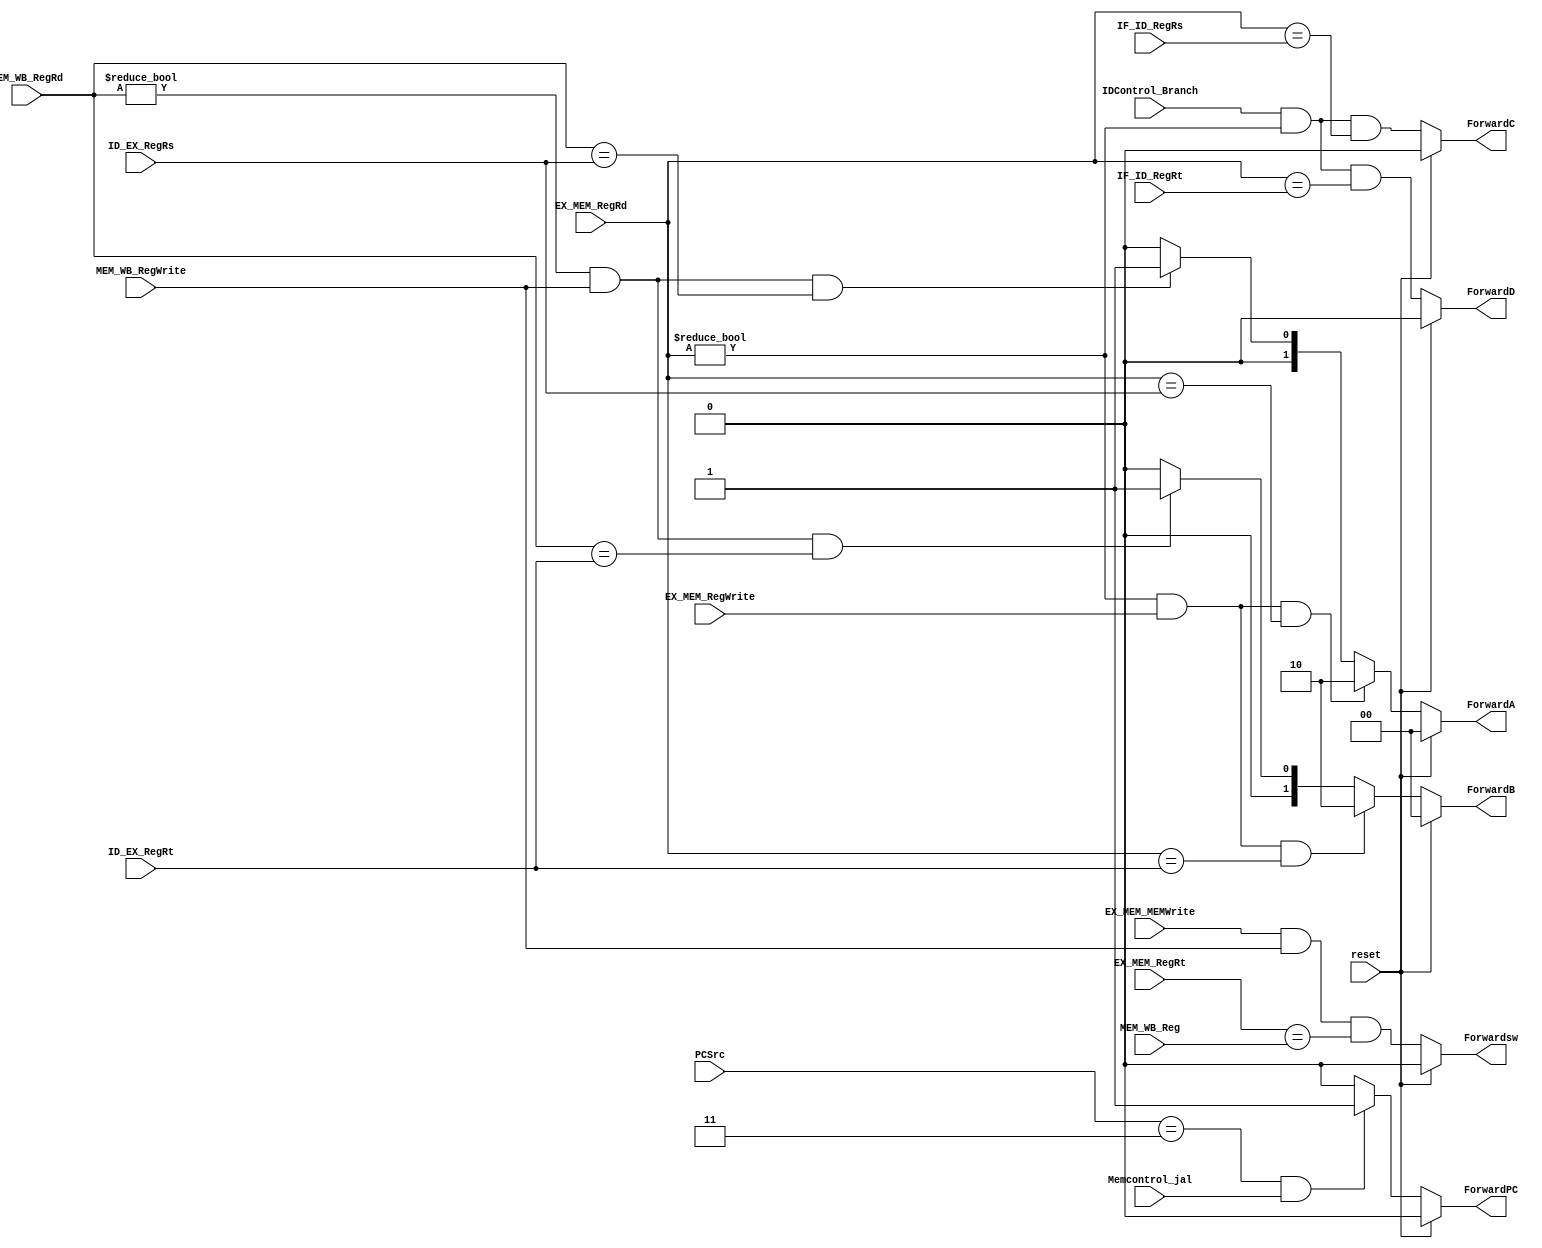
/*
EX/MEM -> ID/EX forwarding
MEM/WB -> ID/EX forwarding
*/

module Forward_Unit (
  input reset,
  input EX_MEM_RegWrite,
  input [4:0]EX_MEM_RegRd,
  input [4:0]ID_EX_RegRs,
  input [4:0]ID_EX_RegRt,
  input MEM_WB_RegWrite,
  input [4:0]MEM_WB_RegRd,
  input IDControl_Branch,
  input [4:0]IF_ID_RegRs,
  input [4:0]IF_ID_RegRt,
  input Memcontrol_jal,
  input [2:0]PCSrc,
  input EX_MEM_MEMWrite,
  input [4:0] EX_MEM_RegRt,
  input [4:0] MEM_WB_Reg,

  output reg [1:0] ForwardA,
  output reg [1:0] ForwardB,
  output reg ForwardC,
  output reg ForwardD,
  output reg ForwardPC,//jal-jr
  output reg Forwardsw //Mem -> Mem
);

always @(*) begin
  if (reset) begin
    ForwardA <= 2'b00;
    ForwardB <= 2'b00;
    ForwardC <= 0;
    ForwardD <= 0;
    Forwardsw <= 0;
    ForwardPC <= 0;
  end
  else begin
    if (EX_MEM_RegRd!=0 && EX_MEM_RegWrite && (EX_MEM_RegRd==ID_EX_RegRs)) ForwardA <= 2'b10;
    else if (MEM_WB_RegRd!=0 && MEM_WB_RegWrite && (MEM_WB_RegRd==ID_EX_RegRs)) ForwardA <= 2'b01;
    else ForwardA <= 2'b00;
 

    if (EX_MEM_RegRd!=0 && EX_MEM_RegWrite && (EX_MEM_RegRd==ID_EX_RegRt)) ForwardB <= 2'b10;
    else if (MEM_WB_RegRd!=0 && MEM_WB_RegWrite && (MEM_WB_RegRd==ID_EX_RegRt)) ForwardB <= 2'b01;
    else ForwardB <= 2'b00;

    ForwardC <= (IDControl_Branch && (EX_MEM_RegRd!=0)&&(EX_MEM_RegRd==IF_ID_RegRs));
    ForwardD <= (IDControl_Branch && (EX_MEM_RegRd!=0)&&(EX_MEM_RegRd==IF_ID_RegRt));
    ForwardPC <=(PCSrc==3 && Memcontrol_jal==1) ?1:0;
    Forwardsw <= EX_MEM_MEMWrite && MEM_WB_RegWrite && (EX_MEM_RegRt == MEM_WB_Reg);
  end
end

endmodule